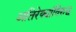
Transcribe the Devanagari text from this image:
अतिरेक्यांविरुद्ध